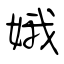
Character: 娥